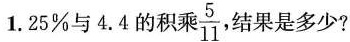
1.25%与4.4的积乘\frac{5}{11}， 结果是多少?